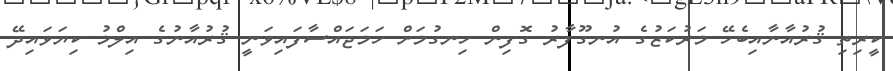
ކީރިތި ޤުރުއާނާއިބެހޭ މަރުކަޒުގެ އުނގޫފާރު ގޮފިން ހިނގުމަށް ހަމަޖައްސާފައިވަނީ ޤުރުއާނުގެ އިލްމު ކިޔަވައިދޭ